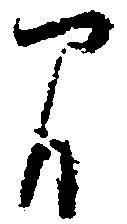
間